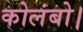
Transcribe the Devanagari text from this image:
कोलंबो।